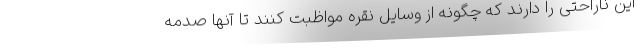
این ناراحتی را دارند که چگونه از وسایل نقره مواظبت کنند تا آنها صدمه